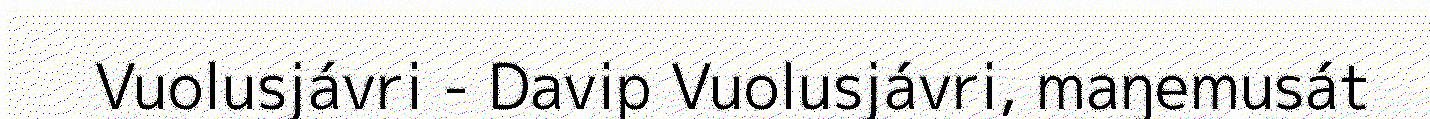
Vuolusjávri - Davip Vuolusjávri, maŋemusát